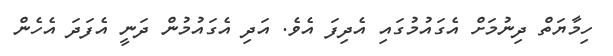
ހިމާޔަތް ދިނުމަށް އެގައުމުގައި އެދިފަ އެވެ. އަދި އެގައުމުން ދަނީ އެފަދަ އެހެން